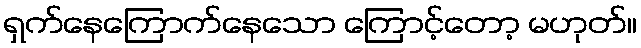
ရှက်နေကြောက်နေသော ကြောင့်တော့ မဟုတ်။